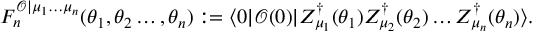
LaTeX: F _ { n } ^ { \mathcal { O } | \mu _ { 1 } \ldots \mu _ { n } } ( \theta _ { 1 } , \theta _ { 2 } \ldots , \theta _ { n } ) : = \langle 0 | \mathcal { O } ( 0 ) | Z _ { \mu _ { 1 } } ^ { \dagger } ( \theta _ { 1 } ) Z _ { \mu _ { 2 } } ^ { \dagger } ( \theta _ { 2 } ) \ldots Z _ { \mu _ { n } } ^ { \dagger } ( \theta _ { n } ) \rangle .